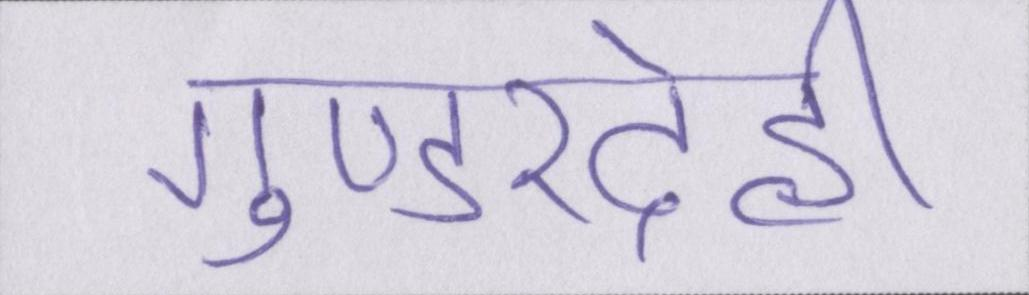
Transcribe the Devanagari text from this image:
गुण्डरदेही